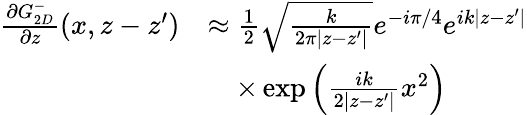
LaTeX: \begin{array}{rl}{\frac{\partial G_{2D}^{-}}{\partial z}(x,z-z^{\prime})}&{\approx\frac{1}{2}\sqrt{\frac{k}{2\pi|z-z^{\prime}|}}e^{-i\pi/4}e^{ik|z-z^{\prime}|}}\\ &{\quad\times\exp\left(\frac{ik}{2|z-z^{\prime}|}x^{2}\right)}\end{array}